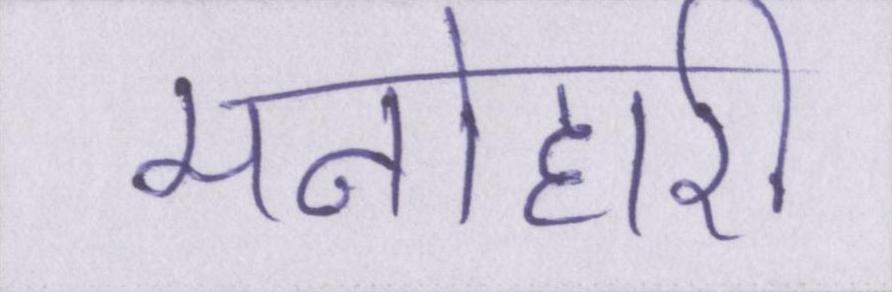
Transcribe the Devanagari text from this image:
मनोहारी